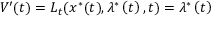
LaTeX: V ^ { \prime } ( t ) = L _ { t } ( x ^ { \ast } ( t ) , \lambda ^ { \ast } \left( t \right) , t ) = \lambda ^ { \ast } \left( t \right)